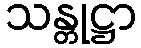
သန္တုဋ္ဌာ